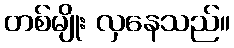
တစ်မျိုး လှနေသည်။